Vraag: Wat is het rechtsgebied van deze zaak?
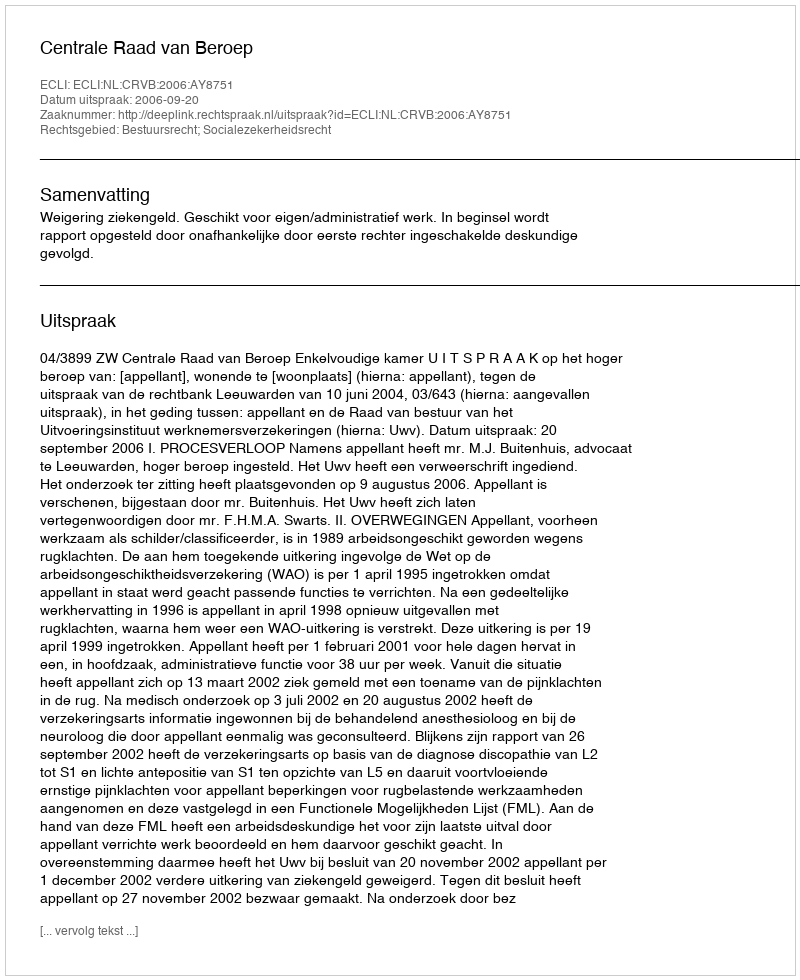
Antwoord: Bestuursrecht; Socialezekerheidsrecht